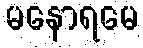
မနောရမေ